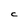
Character: C